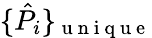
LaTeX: \{ \hat{P}_{i}\} _{\mathrm{~u~n~i~q~u~e~}}